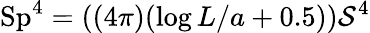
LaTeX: \mathrm{Sp}^{4}=((4\pi)(\log{L/a}+0.5))\mathcal{S}^{4}